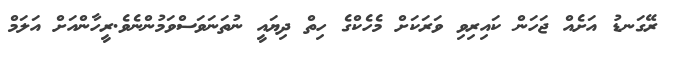
ރޭގަނޑު އަށެއް ޖަހަން ކައިރިވި ވަރަކަށް މެހެކްގެ ހިތް ދިޔައީ ނުތަނަވަސްވަމުންނެވެ.ރީހާންއަށް އަލަމް